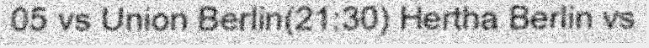
05 vs Union Berlin(21:30) Hertha Berlin vs